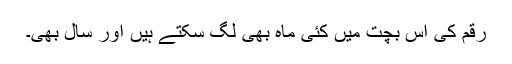
رقم کی اس بچت میں کئی ماہ بھی لگ سکتے ہیں اور سال بھی۔